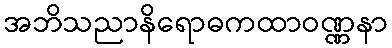
အဘိသညာနိရောဓကထာဝဏ္ဏနာ